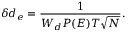
\delta d _ { e } = \frac { 1 } { W _ { d } P ( E ) T \sqrt { N } } .